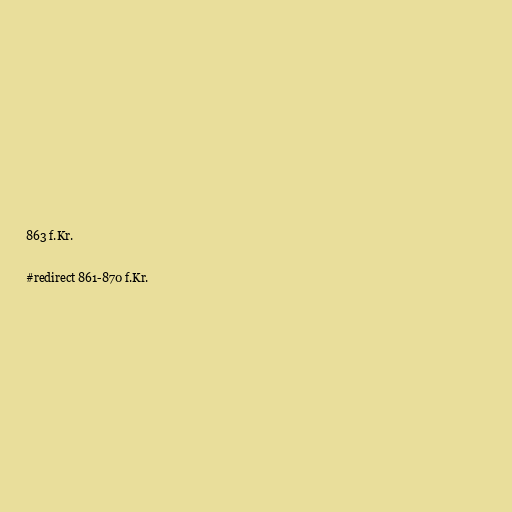
863 f.Kr.

#redirect 861-870 f.Kr.